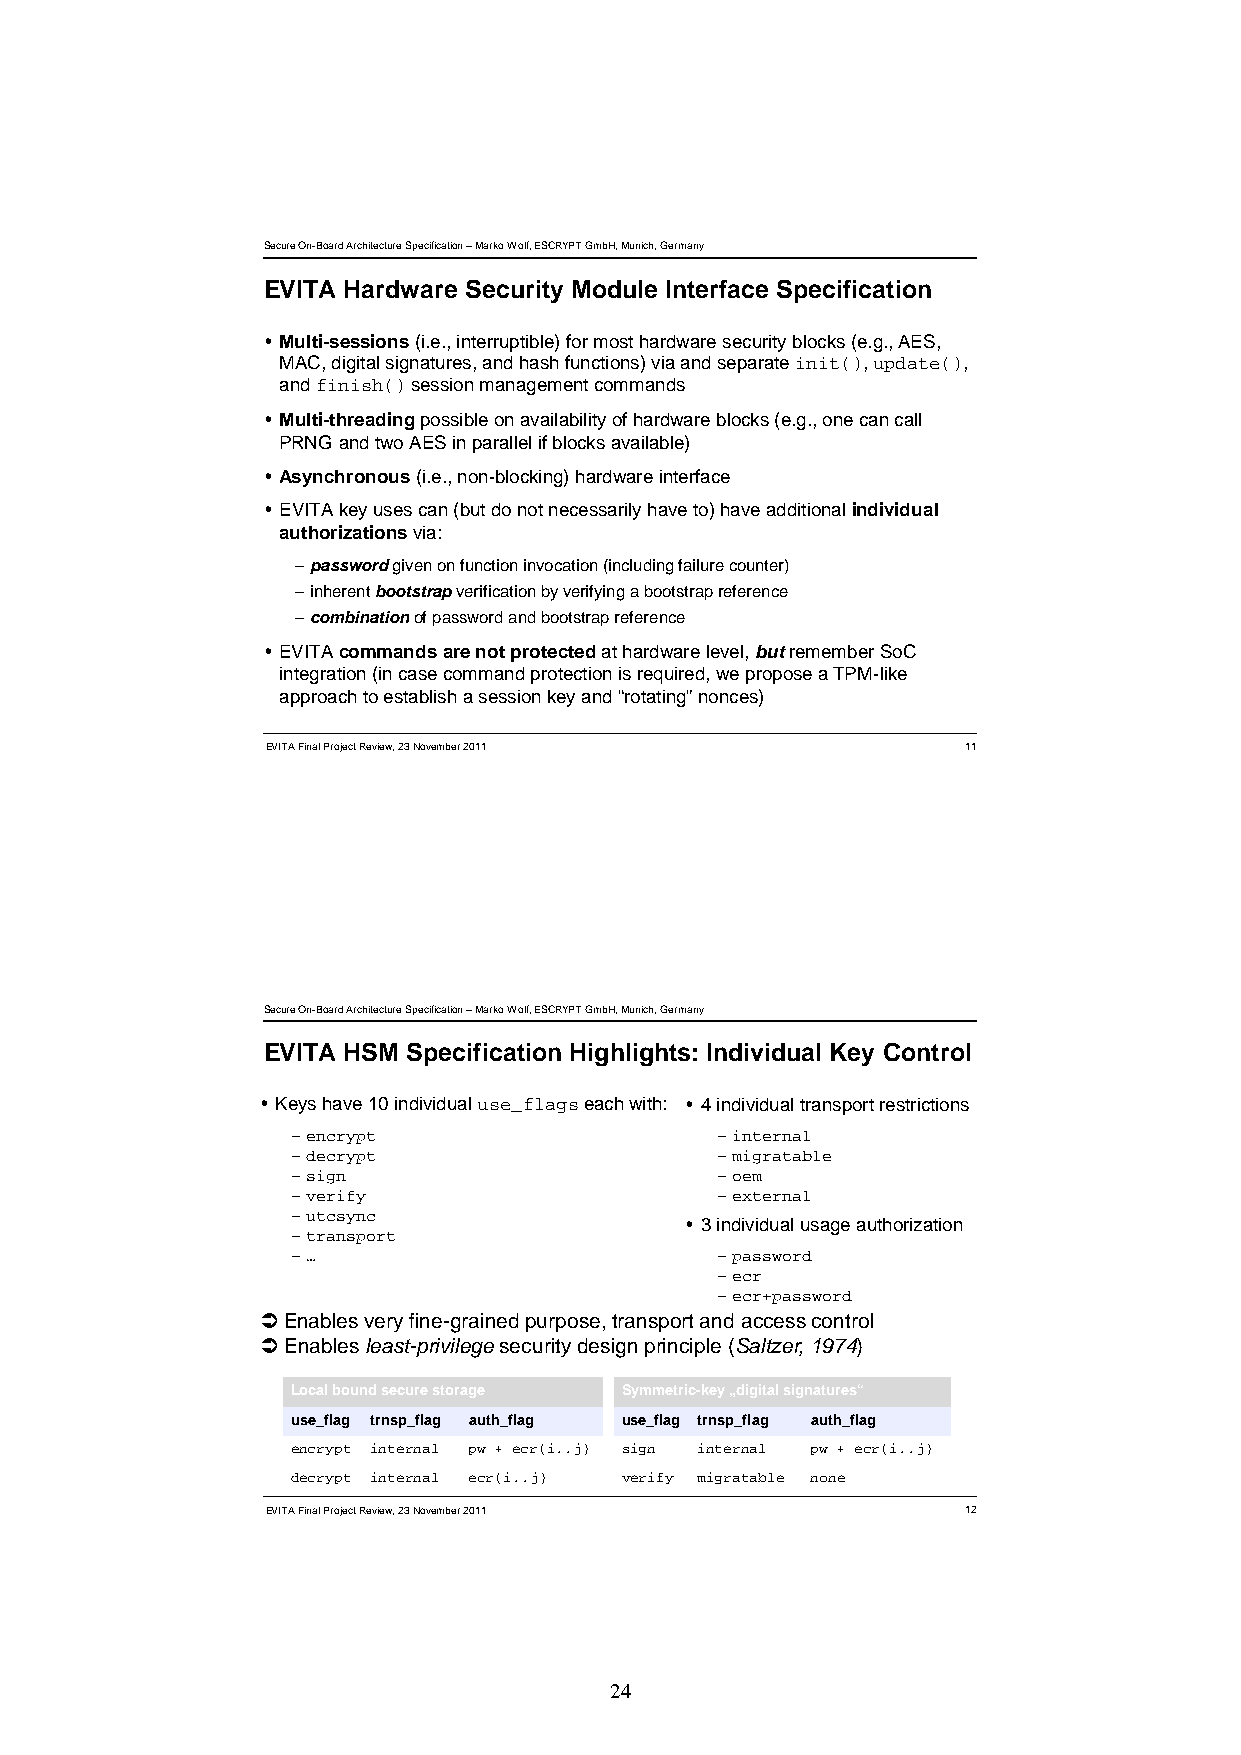
Secure On-Board Architecture Specification –Marko Wolf, ESCRYPT GmbH, Munich, Germany
 EVITA Hardware Security Module Interface Specification
  Multi-sessions (i.e., interruptible) for most hardware security blocks (e.g., AES,
 MAC, digital signatures, and hash functions) via and separate init(), update(),
 and finish()session management commands
  Multi-threadingpossible on availability of hardware blocks (e.g., one can call
 PRNG and two AES in parallel if blocks available)
  Asynchronous(i.e., non-blocking) hardware interface
  EVITA key uses can (but do not necessarily have to) have additional individual
 authorizations via:
 –passwordgiven on function invocation (including failure counter)
 –iinnhheerreenntt bboooottssttrraappvveerriiffiiccaattiioonn bbyy vveerriiffyyiinngg aa bboooottssttrraapp rreeffeerreennccee
 –combinationof password and bootstrap reference
  EVITA commands are not protectedat hardware level, butremember SoC
 integration (in case command protection is required, we propose a TPM-like
 approach to establish a session key and “rotating” nonces)
 EVITA Final Project Review, 23 November 2011  11
 Secure On-Board Architecture Specification –Marko Wolf, ESCRYPT GmbH, Munich, Germany
 EVITA HSM Specification Highlights: Individual Key Control
  Keys have 10 individualuse_flagseach with:  4 individual transport restrictions
 –encrypt                    –internal
 –decrypt                    –migratable
 –sign                       –oem
 –verify                     –external
 –utcsync
  3individual usage authorization
 –transport
 –…                          –password
 –ecr
 –ecr+password
 Enables very fine-grained purpose, transport and access control
 Enaabbleess leeaasstt-pprivileeggeesseeccuurittyy ddeessiggn pprinccipplee ((SSaalttzeer,, 19974))
 Localbound secure storage Symmetric-key „digital signatures“
 use_flag trnsp_flag auth_flag use_flag trnsp_flag auth_flag
 encrypt internal pw + ecr(i..j) sign internal pw + ecr(i..j)
 decrypt internal ecr(i..j) verify migratable none
 EVITA Final Project Review, 23 November 2011  12
 24